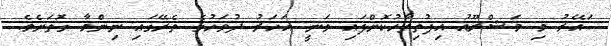
ައޭރު މި މަޝްރޫއު އިފުތިތާހުކޮށްފައި ވަނީ އަހަރު ދުވަހުގެ ތެރޭގައި ނިންމާ ގޮތަށެވެ.